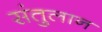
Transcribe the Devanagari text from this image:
संतुलान